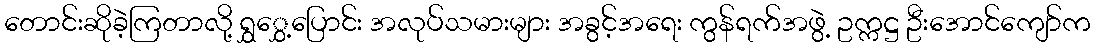
တောင်းဆိုခဲ့ကြတာလို့ ရွှွှေ့ပြောင်း အလုပ်သမားများ အခွင့်အရေး ကွန်ရက်အဖွဲ့ ဥက္ကဋ္ဌ ဦးအောင်ကျော်က